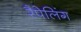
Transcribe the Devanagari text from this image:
रैपेलिंग